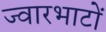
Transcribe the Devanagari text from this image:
ज्वारभाटों